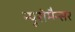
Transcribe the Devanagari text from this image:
न्यूरोमैन्सर